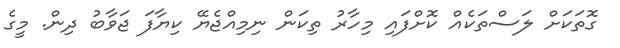
ގޮތަކަށް ލަސްތަަކެއް ކޮށްފައި މިހާރު ތިކަން ނިމިއްޖެޔޭ ކިޔާފަ ޖަވާބު ދިން. މީގެ